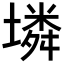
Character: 𡑝